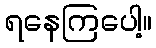
ရနေကြပေါ့။